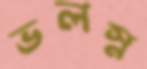
ভলস্ন